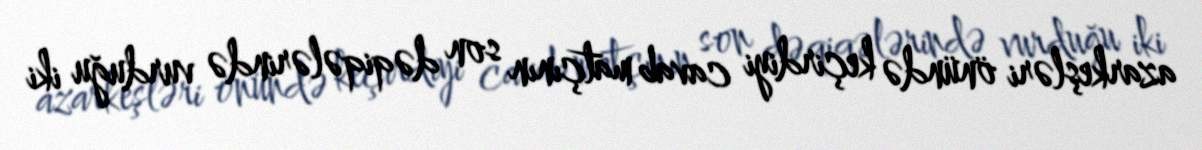
azarkeşləri önündə keçirdiyi cavab matçının son dəqiqələrində vurduğu iki